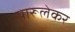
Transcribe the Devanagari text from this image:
पारूलेकर